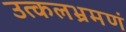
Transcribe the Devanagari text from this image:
उत्कलभ्रमणं